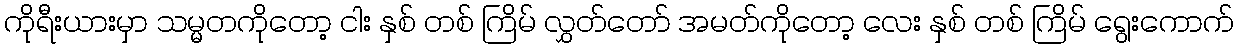
ကိုရီးယားမှာ သမ္မတကိုတော့ ငါး နှစ် တစ် ကြိမ် လွှတ်တော် အမတ်ကိုတော့ လေး နှစ် တစ် ကြိမ် ရွေးကောက်